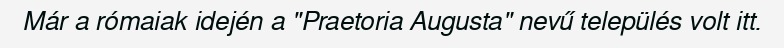
Már a rómaiak idején a "Praetoria Augusta" nevű település volt itt.